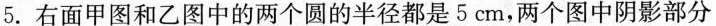
5. 右面甲图和乙图中的两个圆的半径都是5cm，两个图中阴影部分